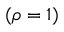
( \rho = 1 )